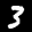
Label: 3